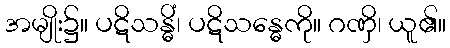
အမျိုး၌။ ပဋိသန္ဓိံ၊ ပဋိသန္ဓေကို။ ဂဏှိ၊ ယူ၏။